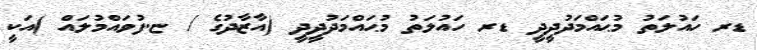
ޑރ ހައުލަތު މުޙައްމަދުދީދީ ޑރ ހައުލަތު މުޙައްމަދުދީދީ (އާޒާދުގެ / ޏ.ފުވައްމުލައް )އަކީ